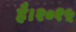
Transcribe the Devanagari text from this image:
है।२०१५